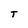
Character: T